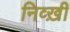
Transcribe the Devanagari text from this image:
निव्ख़ी